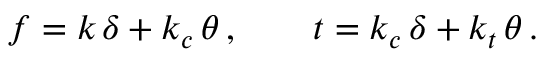
f = k \, \delta + k _ { c } \, \theta \, , \qquad t = k _ { c } \, \delta + k _ { t } \, \theta \, .